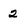
Character: 2